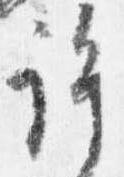
許